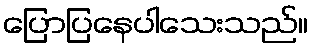
ပြောပြနေပါသေးသည်။